Scientific memoirs by medical officers of the Army of India - Part III,
Year: 1887
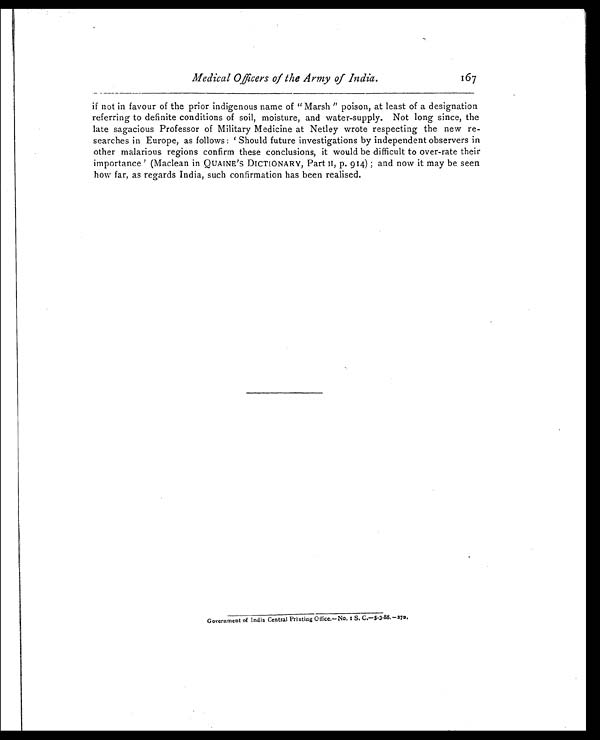
Medical Officers of the Army of India.
167
if not in favour of the prior indigenous name of “Marsh” poison, at least of a designation
referring to definite conditions of soil, moisture, and water-supply. Not long since, the
late sagacious Professor of Military Medicine at Netley wrote respecting the new re
-searches in Europe, as follows : ‘Should future investigations by independent observers in
other malarious regions confirm these conclusions, it would be difficult to over-rate their
importance’ (Maclean in QUAINE’S DICTIONARY, Part II, p. 914) ; and now it may be seen
how far, as regards India, such confirmation has been realised.
Government of India Central Printing Office.—No. 1 S. C.—5-3-88.—270.